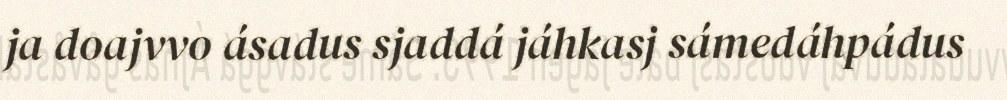
ja doajvvo ásadus sjaddá jáhkasj sámedáhpádus